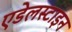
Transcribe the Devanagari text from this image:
एडेलस्टाइन